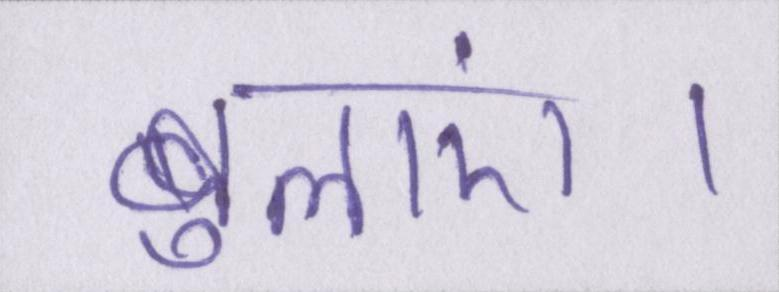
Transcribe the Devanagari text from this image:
बुलाएं।